Civil Veterinary Department. United Provinces 1932-42 - 1932-1942
Year: 1932
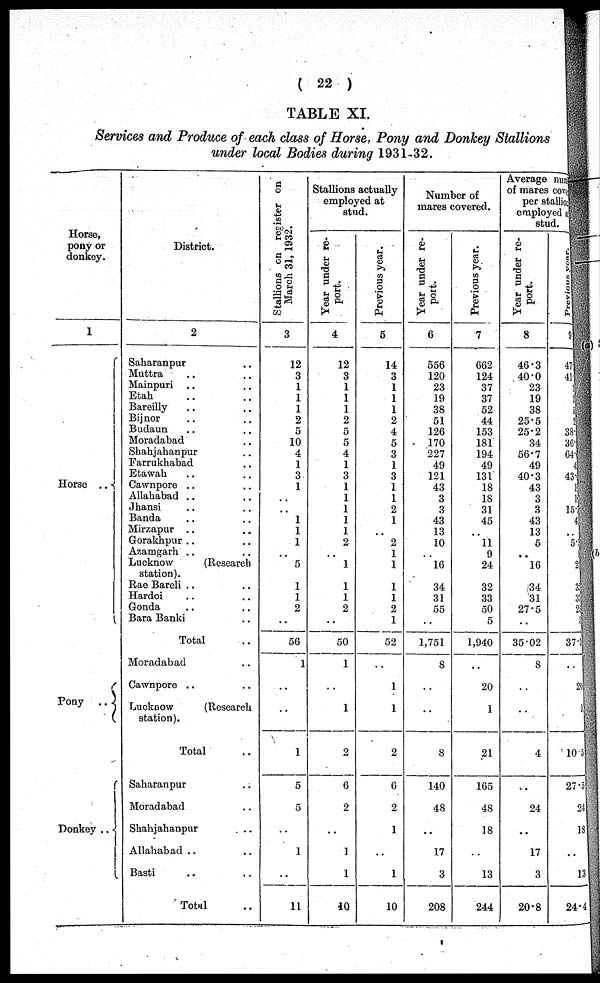
(22)
TABLE XI.
Services and Produce of each class of Horse, Pony and Donkey Stallions
under local Bodies during 1931-32.
Horse,
pony or
donkey.
1
Horse ..
V
Pony ..
Donkey ..
District.
2
Saharanpur .. ..
Muttra .. ..
Mainpuri .. ..
Etah .. ..
Bareilly .. ..
Bijnor .. ..
Budaun .. ..
Moradabad .. ..
Shahjahanpur .. ..
Farrukhabad .. ..
Etawah .. ..
Cawnpore .. ..
Allahabad .. ..
Jhansi .. ..
Banda .. ..
Mirzapur .. ..
Gorakhpur .. ..
Azamgarh .. ..
Lucknow
(Research
station).
Rao Bareli .. ..
Hardoi .. ..
Gonda .. ..
Bara Banki .. ..
Total ..
Moradabad .. ..
Cawnpore .. ..
Luckcow
(Research
station).
Total ..
Saharanpur ..
Moradabad ..
Shahjahanpur ..
Allahabad .. ..
Basti .. ..
Total ...
Stallions on register on
March 31, 1932.
3
12
3
1
1
1
2
5
10
4
1
3
1
..
..
1
1
1
..
5
..
1
1
2
..
56
1
..
..
1
5
5
1
11
Stallions actually
employed at
stud.
Year under re-
port.
4
12
3
1
1
1
2
5
5
4
1
3
1
1
1
1
1
2
..
1
..
1
1
2
..
50
1
..
1
2
0
2
1
1
10
Previous year.
5
14
3
1
1
1
2
4
5
3
1
3
1
1
2
1
..
2
1
1
1
1
2
1
52
..
1
1
2
6
2
1
..
1
10
Number of
mares covered.
Year under re-
port.
6
556
120
23
19
38
51
126
170
227
49
121
43
3
3
43
13
10
..
16
34
31
55
..
1,751
8
..
..
8
140
48
..
17
3
208
Previous year.
7
662
124
37
37
52
44
153
181
194
49
131
18
18
31
45
..
11
9
24
..
32
33
50
5
1,940
..
20
1
21
165
48
18
..
13
244
Average number
of mares con
per stallion
employed
stud.
Year under re-
port.
8
46.3
40.0
23
19
38
25.5
25.2
34
56.7
49
40.3
43
3
3
43
13
5
..
16
..
34
31
27.5
..
35.02
8
..
..
4
..
24
..
17
3
20.8
Previous
year.
9
47
41
..
..
..
..
38
36 64
4
43
..
1
15
4
..
5
..
2
3
3
2
..
37.6
..
26
1
10 5
27.5
24
18
..
13
24.4